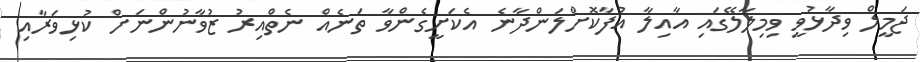
ޖަމީލް ވިދާޅުވީ ވިމިލާލޭގައި އާއިލާ އުފާކޮށްލަންދާނެ އެކަށީގެންވާ ތަނެއް ނެތްއިރު ޒުވާނުންނަށް ކުޅިވަރާއި